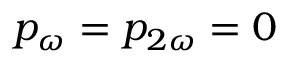
p _ { \omega } = p _ { 2 \omega } = 0